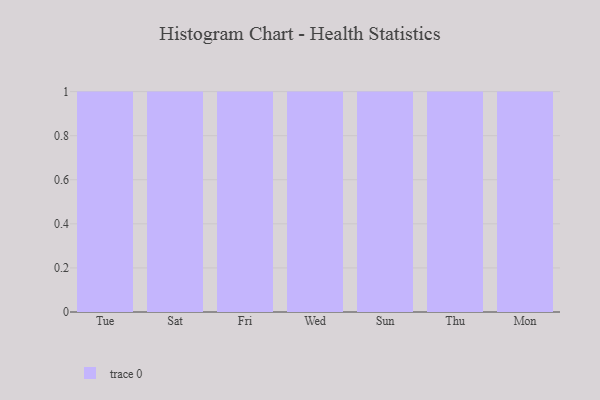
{"axis": {"x": "Day", "y": "Net Income (USD K)"}, "legend": [""], "data": [{"x": "Tue", "y": 2, "type": ""}, {"x": "Sat", "y": 68, "type": ""}, {"x": "Fri", "y": 21, "type": ""}, {"x": "Wed", "y": 67, "type": ""}, {"x": "Sun", "y": 68, "type": ""}, {"x": "Thu", "y": 81, "type": ""}, {"x": "Mon", "y": 46, "type": ""}]}